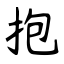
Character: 抱